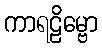
ကာရဠိမ္ဗော